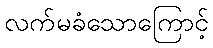
လက်မခံသောကြောင့်